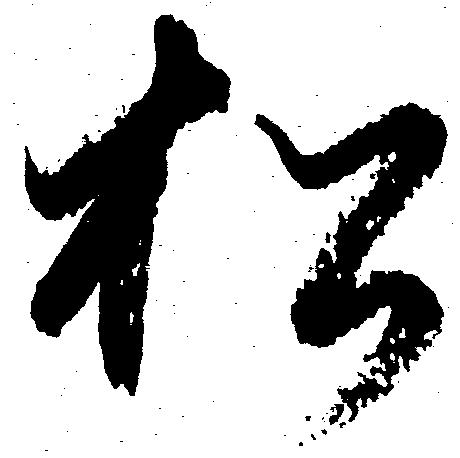
松